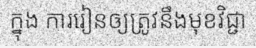
ក្នុង ការរៀនឲ្យត្រូវនឹងមុខវិជ្ជា